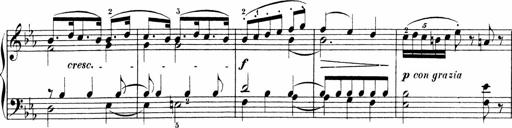
Title: 6 Sonatinas
Composer: Carl Reinecke